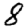
Digit: 8